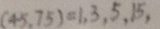
( 4 5 . 7 5 ) = 1 , 3 , 5 , 1 5 .